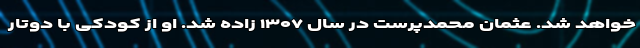
خواهد شد. عثمان محمدپرست در سال ۱۳۰۷ زاده شد. او از کودکی با دوتار